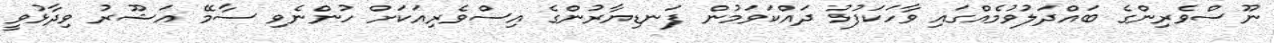
ނޫސްވެރިންގެ ބައްދަލުވުމެއްގައި ވާހަކަފުޅު ދައްކަވަމުން ފަނޑިޔާރުންގެ އިސްވެރިއަކަށް ހުންނެވި ސާމޭ އަޝޫރު ވިދާޅުވީ